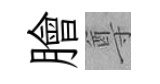
膾尊